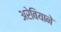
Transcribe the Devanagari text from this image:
अरेबियाने